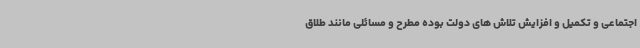
اجتماعی و تکمیل و افزایش تلاش های دولت بوده مطرح و مسائلی مانند طلاق